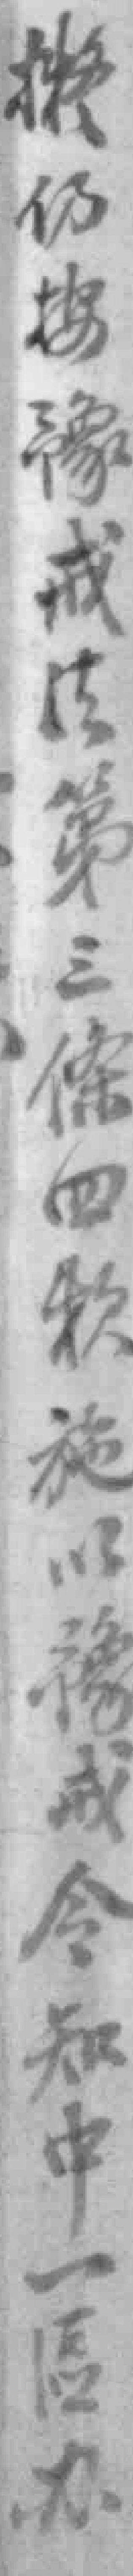
擬仍按豫戒法第三條四款施以豫戒令知中一區办